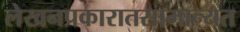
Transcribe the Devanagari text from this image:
लेखनप्रकारातसामान्यत